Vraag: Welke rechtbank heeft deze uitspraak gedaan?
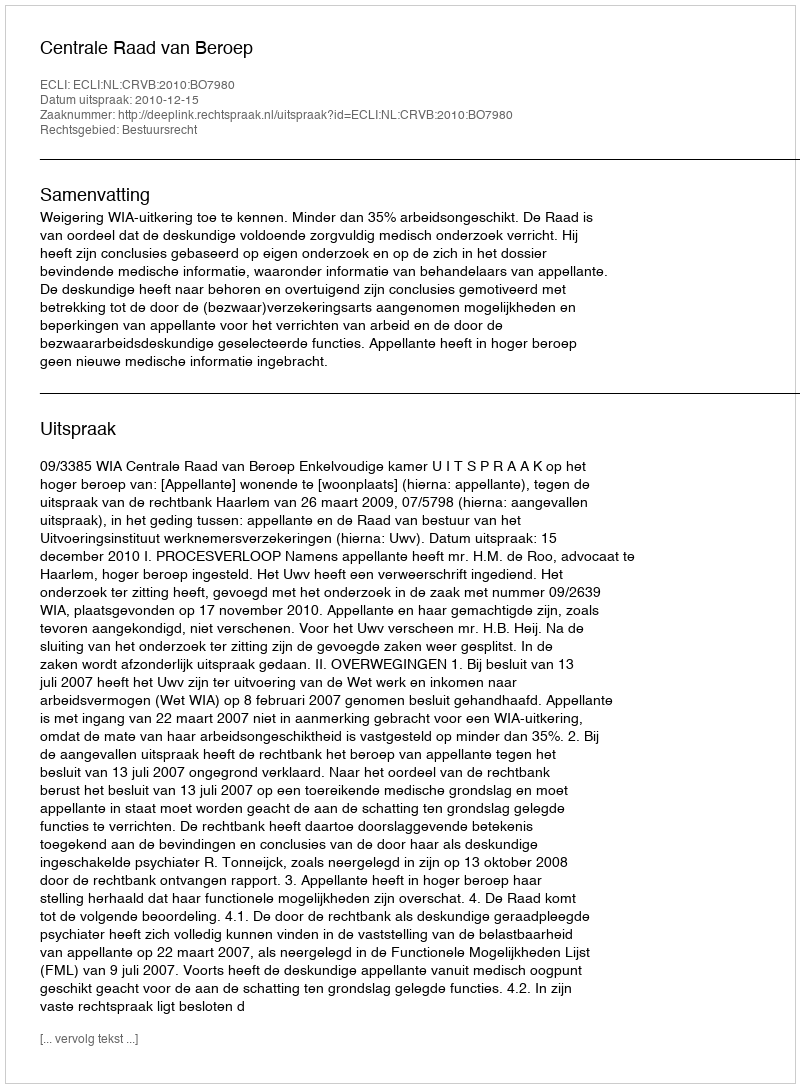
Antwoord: Centrale Raad van Beroep